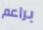
براعم